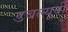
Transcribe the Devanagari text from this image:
डबल्यूबी